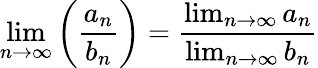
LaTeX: \operatorname*{lim}_{n\to\infty}\left({\frac{a_{n}}{b_{n}}}\right)={\frac{\operatorname*{lim}_{n\to\infty}a_{n}}{\operatorname*{lim}_{n\to\infty}b_{n}}}